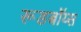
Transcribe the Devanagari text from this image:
रूडबॉय्स